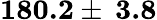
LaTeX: \textbf{180.2}\pm\: \textbf{3.8}